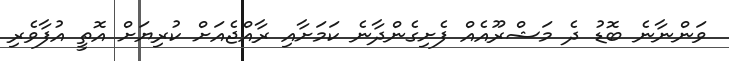
ވަންނާނެ ބޮޑު ދެ މަޝްރޫއެއް ފެށިގެންދާނެ ކަމަށާއި ރާއްޖެއަށް ކުރިޔަށް އޮތީ އުފާވެރި